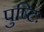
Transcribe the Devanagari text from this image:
पुष्टिः